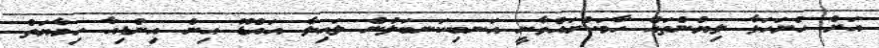
އަށް ހުށަހަޅާ ލިޔުންތައް ހާމަކުރައްވާނީ އަނބިކަނބަލުން ލައިލާ އައްޑޫ އިން އިންޑިއާ ހިމާޔަތް